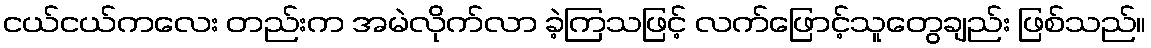
ငယ်ငယ်ကလေး တည်းက အမဲလိုက်လာ ခဲ့ကြသဖြင့် လက်ဖြောင့်သူတွေချည်း ဖြစ်သည်။